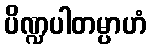
ပိဏ္ဍပါတမ္ပာဟံ